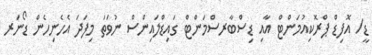
ޑީ/ އޮފިޑް ޕްރޮކިއުމަންޓް އާއި ޑިސްބާރސްމަންޓް ގައިޑްލައިންސް ނުވަތަ މިފަދަ އެހެނިހެން ޑޯނަރ